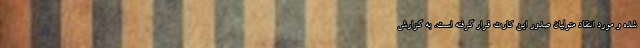
شده و مورد انتقاد متولیان صدور این کارت قرار گرفته است. به گزارش